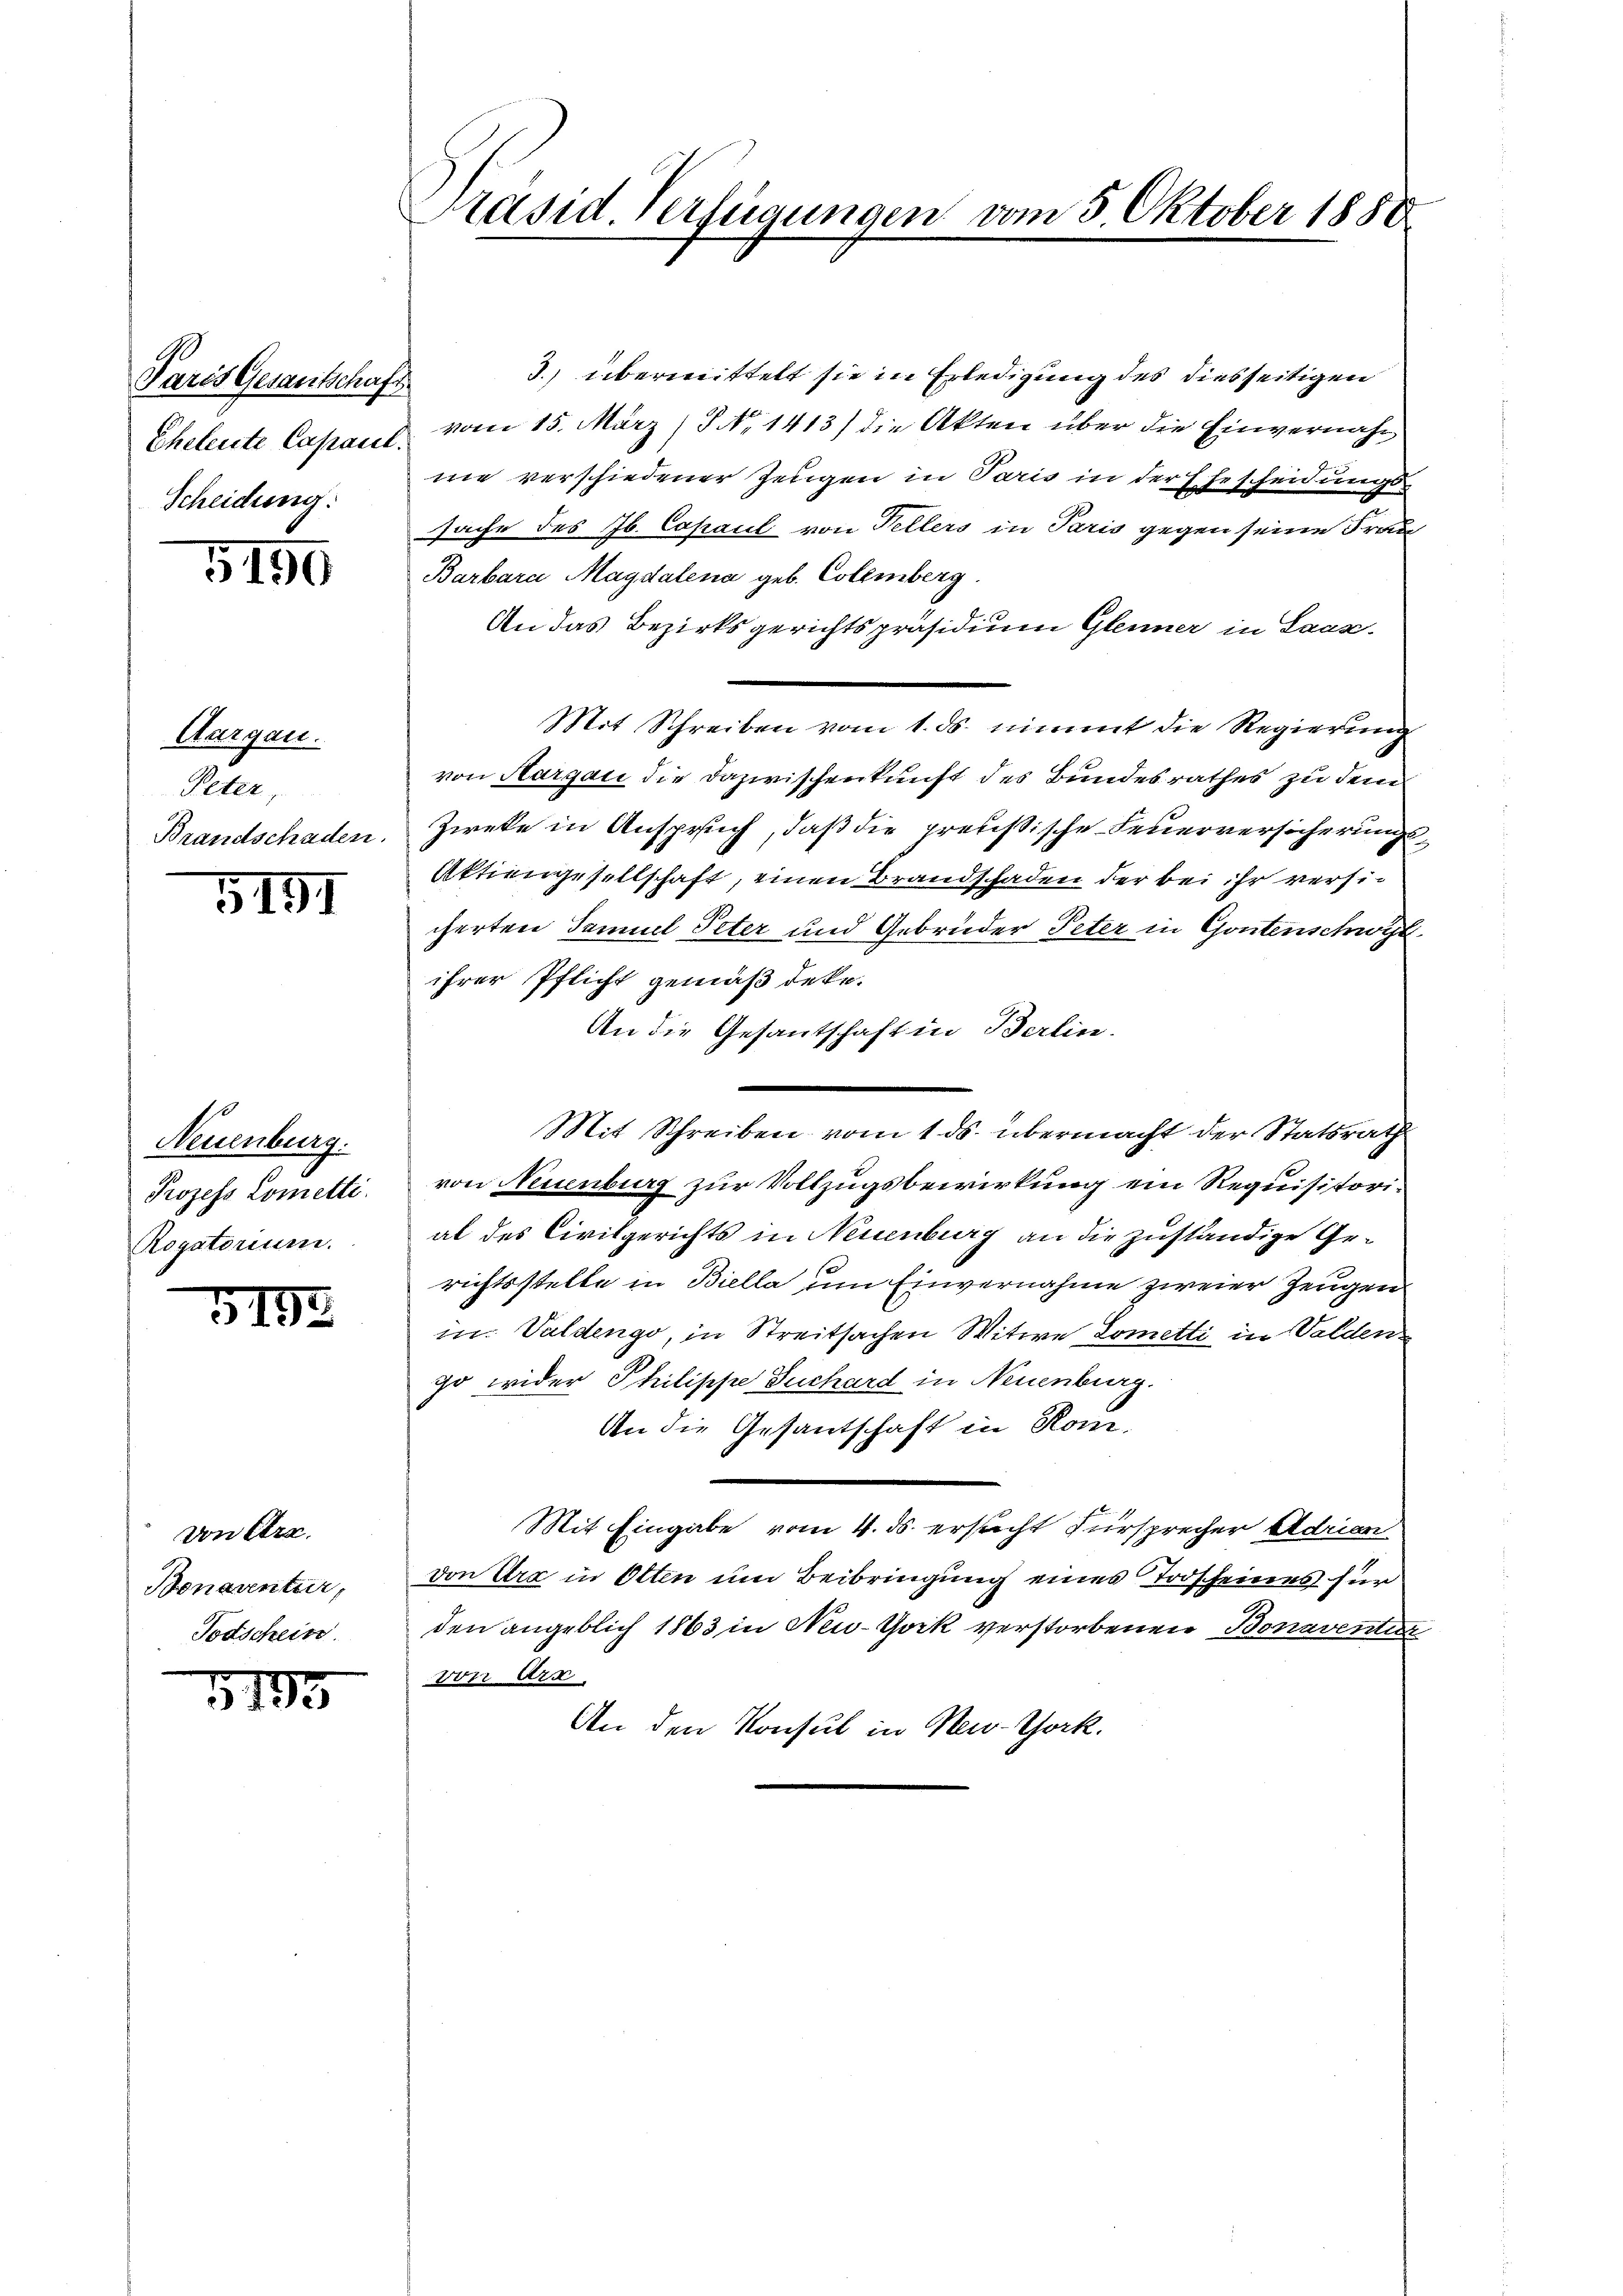
Paris Gesantschaft
Scheidung:

5190

Aargau.
Peter,
Brandschaden.

5151

Neuenburg.
Prozess Lometti.
Rogatorium.

G132

von Cra
Bonaventur
Todschein

15

Präsid. Verfügungen vom 5. Oktober 1888

3. übermittelt sie in Erledigung des diesseitigen
Eheleute Capand, vom 15. März (S No 1413) die Akten über die Einvernahnie verschiedener Zeugen in Paris in der Ehescheidungs-
sache des Jb. Capacil von Tellers in Paris gegen seine Frau
Barbara Magdalena geb. Colemberg.
An das Bezirksgerichtspräsidium Glenner in Saaz-
Mit Schreiben vom 1. ds. nimmt die Regierung
von Aargau die Dazwischenkunft des Bundesrathes zu dem
Zieke in Anspruch, daß die preussische Feuerversicherungs¬
Aktiengesellschaft, einen Brandschaden der bei ihr versicherten Samuel Peter und Gebrüder Peter in Gontenschwyt
ihrer Pflicht gemäß deke.
An die Gesantschaft in Berlin.
Mit Schreiben vom 1. ds. übermacht der Statsrath
von Neuenburg zur Vollzugsbewirkung ein Requisitorial des Civilgerichts in Neuenburg an die zuständige Gerichtsstelle in Biella um Einvernahme zweier Zeugen
in Valdengo, in Streitsachen Witwe Lometti in Walden
go wider Philippe Juchard in Neuenburg.
An die Gesantschaft in Rom.
Mit Eingabe vom 4. ds. ersucht Fürsprecher Adrien
von Ure in Otten um Beibringung eines Todscheines für
den angeblich 1863 in New-York verstorbenen Bonaventin
vor Art.
An den Konsul in Neu-Chork.